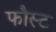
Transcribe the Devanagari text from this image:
फौस्ट